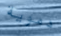
دموية